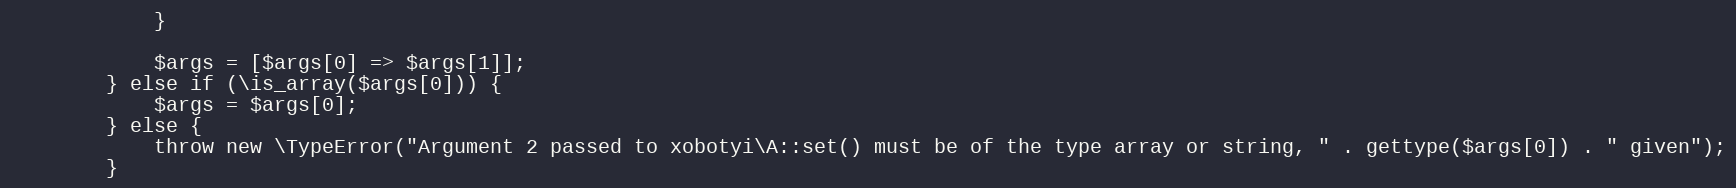
Language: PHP
            }

            $args = [$args[0] => $args[1]];
        } else if (\is_array($args[0])) {
            $args = $args[0];
        } else {
            throw new \TypeError("Argument 2 passed to xobotyi\A::set() must be of the type array or string, " . gettype($args[0]) . " given");
        }